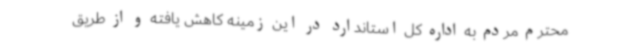
محترم مردم به اداره کل استاندارد در این زمینه کاهش یافته و از طریق